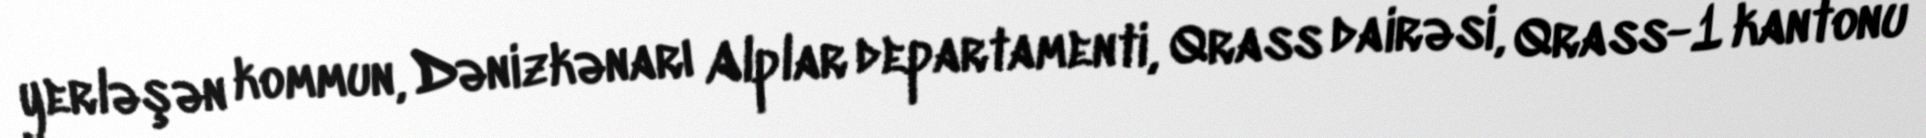
yerləşən kommun, Dənizkənarı Alplar departamenti, Qrass dairəsi, Qrass-1 kantonu